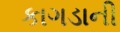
કાગડાની